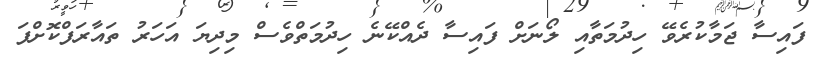
ފައިސާ ޖަމާކުރެވޭ ހިދުމަތާއި ލޯނަށް ފައިސާ ދެއްކޭނެ ހިދުމަތްވެސް މިދިޔަ އަހަރު ތައާރަފްކޮށްފަ